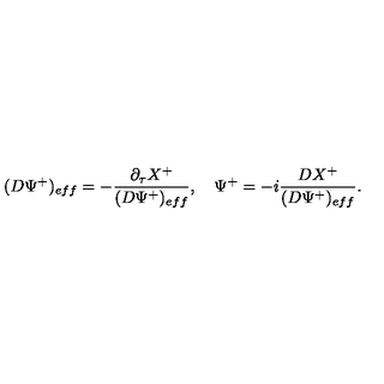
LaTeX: ( D \Psi ^ { + } ) _ { e f f } = - { \frac { \partial _ { \tau } X ^ { + } } { ( D \Psi ^ { + } ) _ { e f f } } } , \quad \Psi ^ { + } = - i { \frac { D X ^ { + } } { ( D \Psi ^ { + } ) _ { e f f } } } .